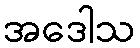
အဒေါသ